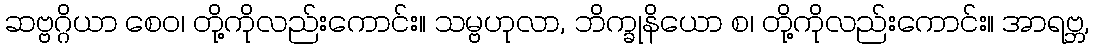
ဆဗ္ဗဂ္ဂိယာ စေဝ၊ တို့ကိုလည်းကောင်း။ သမ္ဗဟုလာ, ဘိက္ခုနိယော စ၊ တို့ကိုလည်းကောင်း။ အာရဗ္ဘ,